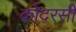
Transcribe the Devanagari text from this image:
कोदरसी